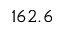
1 6 2 . 6